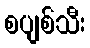
စပျစ်သီး